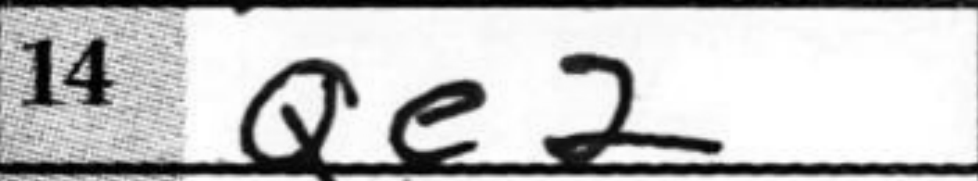
Transcription: Qe2